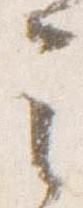
之